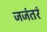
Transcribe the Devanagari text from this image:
जजंतरं